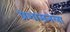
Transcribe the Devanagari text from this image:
प्रशासनला